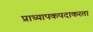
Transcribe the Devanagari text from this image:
प्राध्यापकपदाकरता